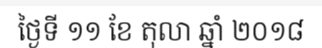
ថ្ងៃទី ១១ ខែ តុលា ឆ្នាំ ២០១៨